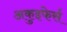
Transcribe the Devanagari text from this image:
अकुइफेर्स